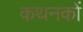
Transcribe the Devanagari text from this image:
कथनकों